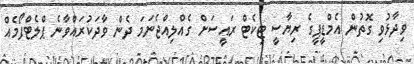
ވިދާޅުވި ގޮތުން އެމްޑީޕީގެ ރިޔާސީ ޓިކެޓް ރައީސަށް ގެއްލިއްޖެނަމަ ދެން ވާދަކުރައްވާނެ ޕްލެޓްފޯމެއް